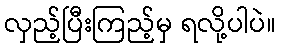
လှည့်ပြီးကြည့်မှ ရလို့ပါပဲ။